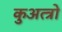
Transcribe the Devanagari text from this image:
कुअत्त्रो